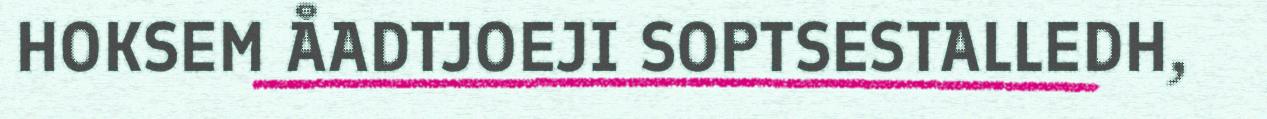
HOKSEM ÅADTJOEJI SOPTSESTALLEDH,